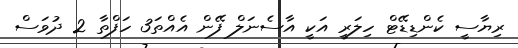
ރިޔާސީ ކެންޑިޑޭޓް ހިލަރީ އަކީ އާސެނަލް ފޭން އެއްތަ3 ހަފްތާ 2 ދުވަސް